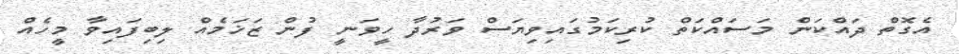
އެގޮތް ދައްކަން މަސައްކަތް ކުރިކަމުގައިވިޔަސް ވަރުދާ ހީވަނީ ފުން ޒަޚަމެއް ލިބިފައިވާ މީހެއް